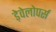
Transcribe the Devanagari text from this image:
ड़ेवेलोपर्स